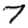
Digit: 7